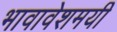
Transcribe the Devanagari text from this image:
भावावेशमयी